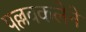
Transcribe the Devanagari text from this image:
पल्लवकलेने